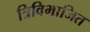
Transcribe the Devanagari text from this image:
त्रिविभाजित